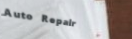
Auto Repair